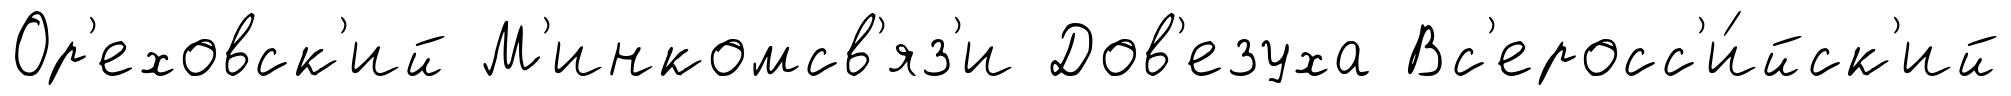
Ор'еховск'ий М'инкомсв'яз'и Дов'езуха Вс'еросс'и́йск'ий